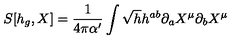
S [ h _ { g } , X ] = \frac { 1 } { 4 \pi \alpha ^ { \prime } } \int \sqrt { h } h ^ { a b } \partial _ { a } X ^ { \mu } \partial _ { b } X ^ { \mu }